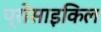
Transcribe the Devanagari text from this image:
प्रोसाइकिल